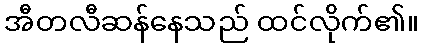
အီတလီဆန်နေသည် ထင်လိုက်၏။